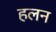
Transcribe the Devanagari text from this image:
हलन